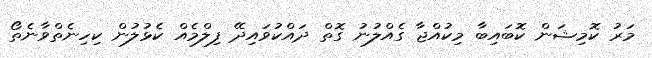
މަރު ކޮމިޝަން ކޮބައިބާ މިކުއްޖާ ގެއްލުނު ގޮތް ދައްކުވައިދޭ ފިލްމެއް ކެޅުލުން ކިހިނެތްވާނެތޯ